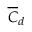
\overline { { C } } _ { d }